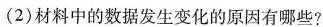
(2)材料中的数据发生变化的原因有哪些?